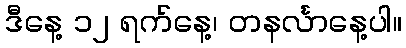
ဒီနေ့ ၁၂ ရက်နေ့၊ တနင်္လာနေ့ပါ။